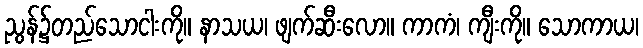
ညွန်၌တည်သောငါးကို။ နာသယ၊ ဖျက်ဆီးလော။ ကာကံ၊ ကျီးကို။ သောကာယ၊